Statistical return of the lunatic asylum in Assam - 1912-1932
Year: 1912
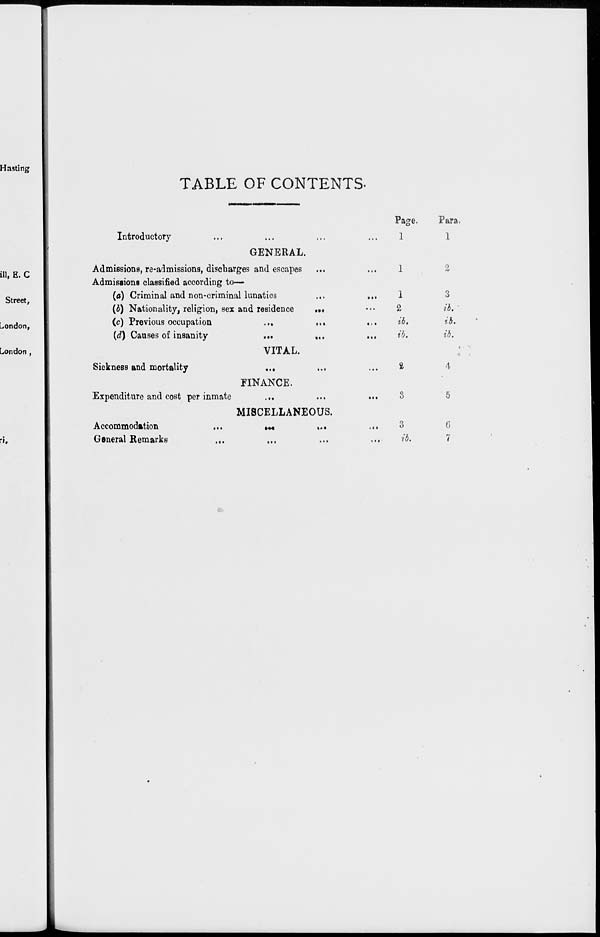
Hasting
ill, E. C
Street,
London,
London ,
TABLE OF CONTENTS-
Introductory
GENERAL.
Admissions, re-admissions, discharges and escapes
Admissions classified according to—
(a) Criminal and non-criminal lunatics
(b) Nationality, religion, sex and residence
(c) Previous occupation
{d) Causes of insanity
• • •
• ■»
•••
».
Sickness and mortality
Expenditure and cost per inmate
Accommodation
,,.
General Remarks
...
VITAL.
FINANCE.
MISCELLANEOUS.
•••
Page.
Para.
• It
1
3
...
2
ib.
• . •
ib.
ib.
*•(
ib.
ib.
...
1
4
«<•
8
5
1 • 1
3
6
«• 1
■ib.
7